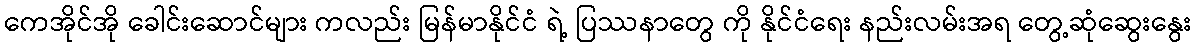
ကေအိုင်အို ခေါင်းဆောင်များ ကလည်း မြန်မာနိုင်ငံ ရဲ့ ပြဿနာတွေ ကို နိုင်ငံရေး နည်းလမ်းအရ တွေ့ဆုံဆွေးနွေး